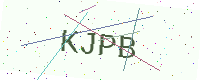
Text: KJPB